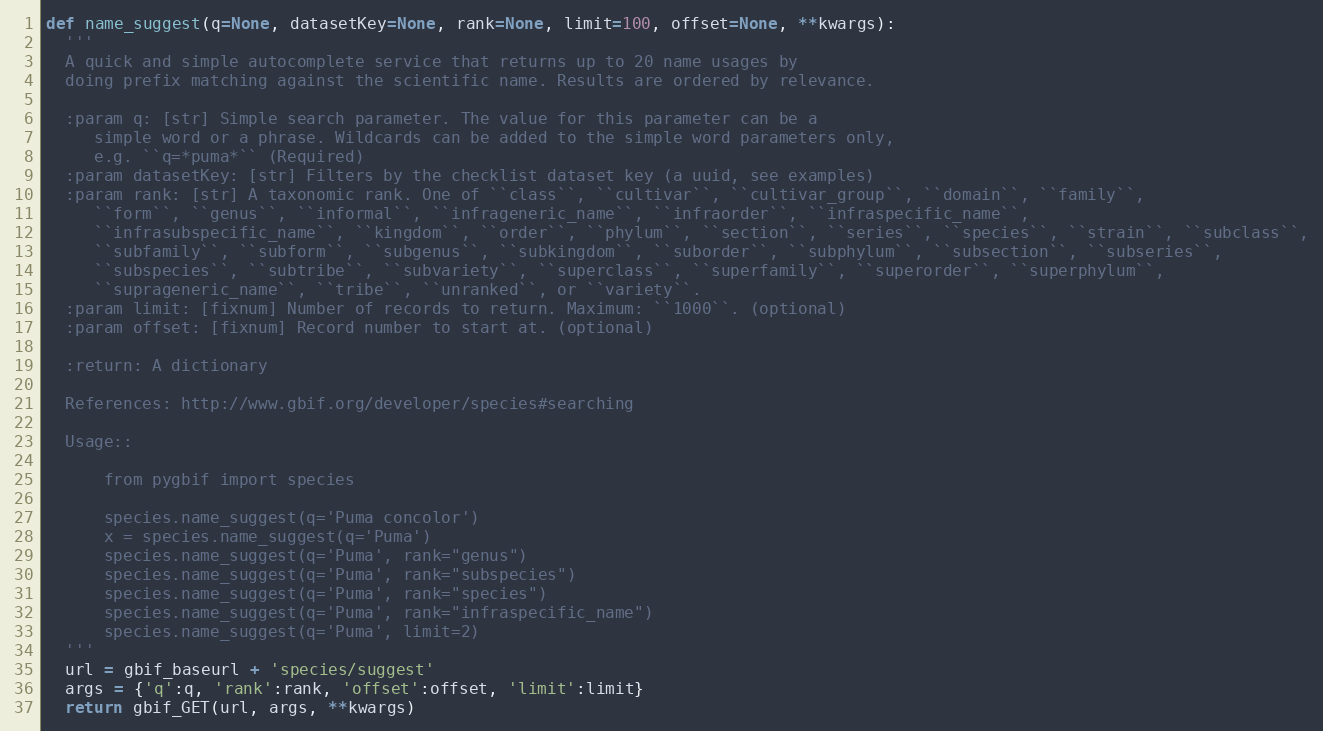
Language: Python
def name_suggest(q=None, datasetKey=None, rank=None, limit=100, offset=None, **kwargs):
  '''
  A quick and simple autocomplete service that returns up to 20 name usages by
  doing prefix matching against the scientific name. Results are ordered by relevance.

  :param q: [str] Simple search parameter. The value for this parameter can be a
     simple word or a phrase. Wildcards can be added to the simple word parameters only,
     e.g. ``q=*puma*`` (Required)
  :param datasetKey: [str] Filters by the checklist dataset key (a uuid, see examples)
  :param rank: [str] A taxonomic rank. One of ``class``, ``cultivar``, ``cultivar_group``, ``domain``, ``family``,
     ``form``, ``genus``, ``informal``, ``infrageneric_name``, ``infraorder``, ``infraspecific_name``,
     ``infrasubspecific_name``, ``kingdom``, ``order``, ``phylum``, ``section``, ``series``, ``species``, ``strain``, ``subclass``,
     ``subfamily``, ``subform``, ``subgenus``, ``subkingdom``, ``suborder``, ``subphylum``, ``subsection``, ``subseries``,
     ``subspecies``, ``subtribe``, ``subvariety``, ``superclass``, ``superfamily``, ``superorder``, ``superphylum``,
     ``suprageneric_name``, ``tribe``, ``unranked``, or ``variety``.
  :param limit: [fixnum] Number of records to return. Maximum: ``1000``. (optional)
  :param offset: [fixnum] Record number to start at. (optional)

  :return: A dictionary

  References: http://www.gbif.org/developer/species#searching

  Usage::

      from pygbif import species

      species.name_suggest(q='Puma concolor')
      x = species.name_suggest(q='Puma')
      species.name_suggest(q='Puma', rank="genus")
      species.name_suggest(q='Puma', rank="subspecies")
      species.name_suggest(q='Puma', rank="species")
      species.name_suggest(q='Puma', rank="infraspecific_name")
      species.name_suggest(q='Puma', limit=2)
  '''
  url = gbif_baseurl + 'species/suggest'
  args = {'q':q, 'rank':rank, 'offset':offset, 'limit':limit}
  return gbif_GET(url, args, **kwargs)